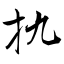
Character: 扏